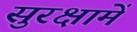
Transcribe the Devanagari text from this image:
सुरक्षामें